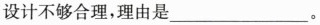
设计不够合理，理由是___。